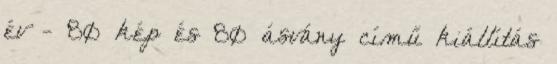
év - 80 kép és 80 ásvány című kiállítás